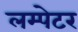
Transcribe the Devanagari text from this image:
लम्पेटर